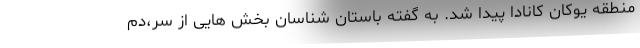
منطقه یوکان کانادا پیدا شد. به گفته باستان شناسان بخش هایی از سر،‌دم